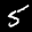
Label: 5